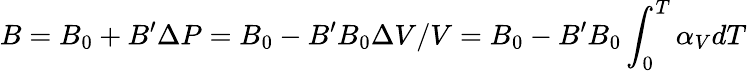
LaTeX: B=B_{0}+B^{\prime}\Delta P=B_{0}-B^{\prime}B_{0}\Delta V/V=B_{0}-B^{\prime}B_{0}\int_{0}^{T}\alpha_{V}dT